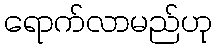
ရောက်လာမည်ဟု